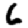
Digit: 6